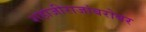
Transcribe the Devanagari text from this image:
शहाजीराजांबरोबर